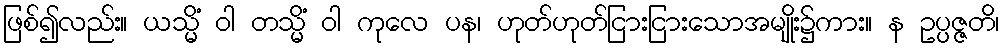
ဖြစ်၍လည်း။ ယသ္မိံ ဝါ တသ္မိံ ဝါ ကုလေ ပန၊ ဟုတ်ဟုတ်ငြားငြားသောအမျိုး၌ကား။ န ဥပ္ပဇ္ဇတိ၊